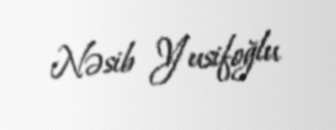
Nəsib Yusifoğlu